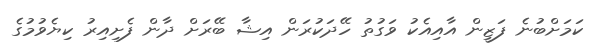
ކަމަށްބުނެ ފަޒީން އާއިއެކު ވަގުތު ހޭދަކުރަން އިޝާ ބޭރަށް ދާން ފެށިއިރު ކިޔެވުމުގެ